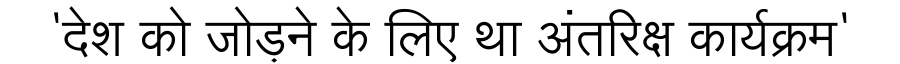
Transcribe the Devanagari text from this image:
'देश को जोड़ने के लिए था अंतरिक्ष कार्यक्रम'